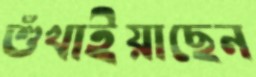
শুঁখাইয়াছেন